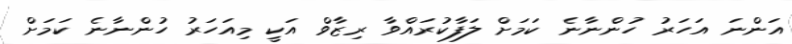
އަންނަ އަހަރު ހުންނާނެ ކަމަށް ލަފާކުރައްވާ ރިޒާވް އަކީ މިއަހަރު ހުންނާނެ ކަމަށް